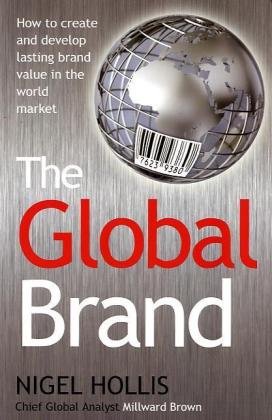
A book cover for The Global Brand: How to Create and Develop Lasting Brand Value in the World Market; Nigel Hollis; Business & Money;